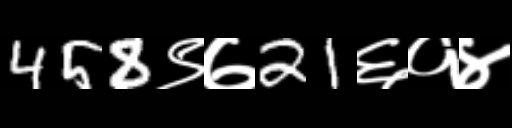
Text: 458९७21६१४